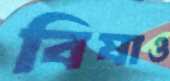
বিষাও